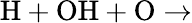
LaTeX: \mathrm{H+OH+O\rightarrow}